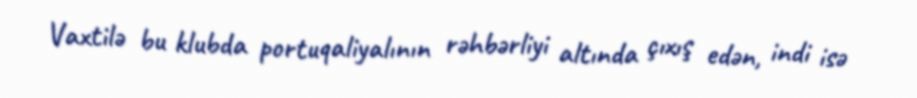
Vaxtilə bu klubda portuqaliyalının rəhbərliyi altında çıxış edən, indi isə